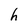
Character: h